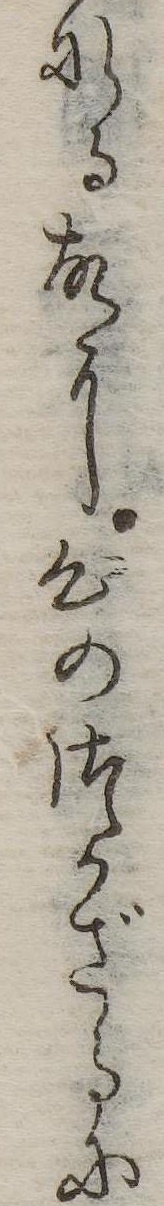
なる故に心のつかざるに